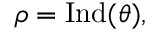
\rho = { \mathrm { I n d } } ( \theta ) ,